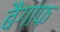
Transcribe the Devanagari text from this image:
बैंगाफ